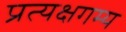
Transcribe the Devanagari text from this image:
प्रत्यक्षगम्य